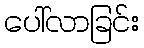
ပေါ်လာခြင်း